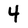
Character: 4